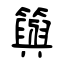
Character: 籅